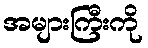
အများကြီးကို